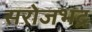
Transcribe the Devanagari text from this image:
सरोजभद्र